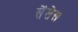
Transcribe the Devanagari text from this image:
सेंसेस